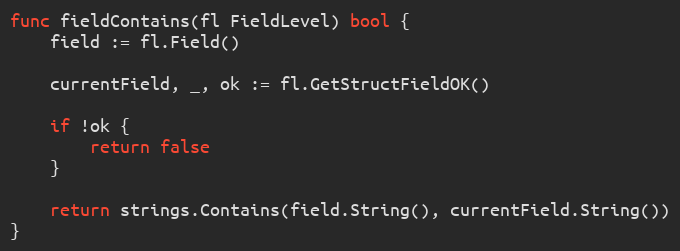
Language: Go
func fieldContains(fl FieldLevel) bool {
	field := fl.Field()

	currentField, _, ok := fl.GetStructFieldOK()

	if !ok {
		return false
	}

	return strings.Contains(field.String(), currentField.String())
}